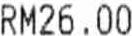
RM26.00